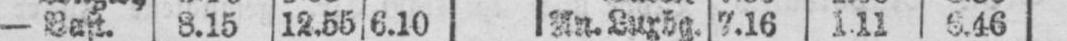
- Bast. 8.15 12.55 6.10 An. Luxb. 7.16 1.11 6.46